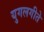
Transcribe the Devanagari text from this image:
युगलगीते